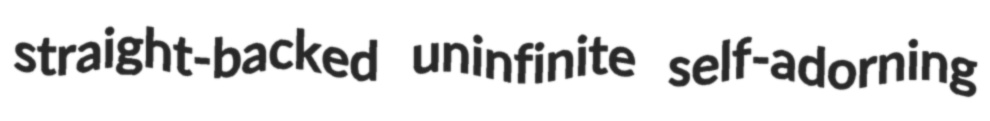
straight-backed uninfinite self-adorning